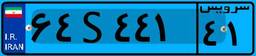
۶۴S۴۴۱۴۱